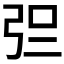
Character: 𰐓